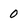
Character: 0